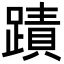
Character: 蹟